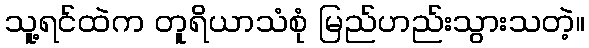
သူ့ရင်ထဲက တူရိယာသံစုံ မြည်ဟည်းသွားသတဲ့။